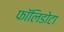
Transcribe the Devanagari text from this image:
फॉलिडोटा